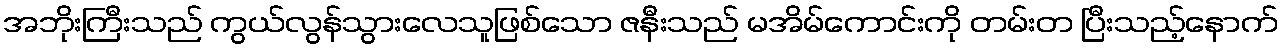
အဘိုးကြီးသည် ကွယ်လွန်သွားလေသူဖြစ်သော ဇနီးသည် မအိမ်ကောင်းကို တမ်းတ ပြီးသည့်နောက်